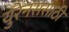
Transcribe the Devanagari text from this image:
युरेनससाठी